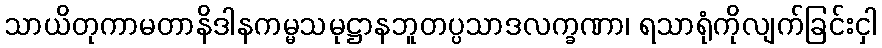
သာယိတုကာမတာနိဒါနကမ္မသမုဋ္ဌာနဘူတပ္ပသာဒလက္ခဏာ၊ ရသာရုံကိုလျက်ခြင်းငှါ